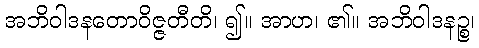
အဘိဝါဒနတောဝိဇ္ဇတီတိ၊ ၍။ အာဟ၊ ၏။ အဘိဝါဒနဉ္စ၊